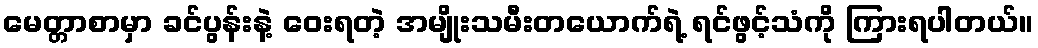
မေတ္တာစာမှာ ခင်ပွန်းနဲ့ ဝေးရတဲ့ အမျိုးသမီးတယောက်ရဲ့ ရင်ဖွင့်သံကို ကြားရပါတယ်။